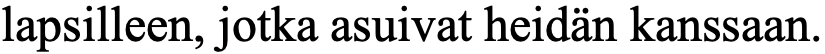
lapsilleen, jotka asuivat heidän kanssaan.